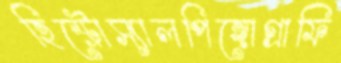
হিস্ট্রোস্যালপিঙ্গোগ্রাফি